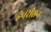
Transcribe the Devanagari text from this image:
हेनरीसन